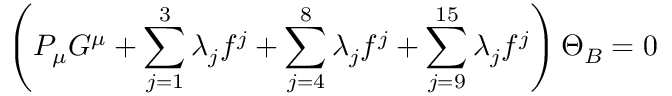
\left( P _ { \mu } G ^ { \mu } + \sum _ { j = 1 } ^ { 3 } \lambda _ { j } f ^ { j } + \sum _ { j = 4 } ^ { 8 } \lambda _ { j } f ^ { j } + \sum _ { j = 9 } ^ { 1 5 } \lambda _ { j } f ^ { j } \right) \Theta _ { B } = 0